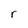
Character: r